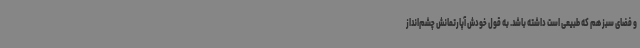
و فضای سبز هم که طبیعی است داشته باشد. به قول خودش آپارتمانش چشم‌انداز